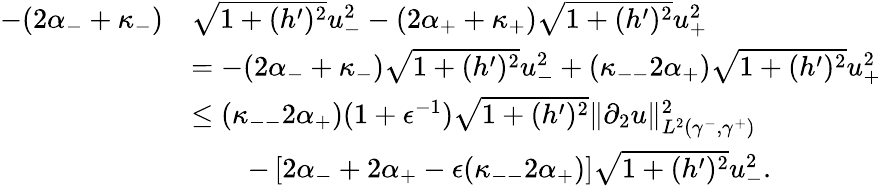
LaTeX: \begin{array}{rl}{-(2\alpha_{-}+\kappa_{-})}&{\sqrt{1+(h^{\prime})^{2}}u_{-}^{2}-(2\alpha_{+}+\kappa_{+})\sqrt{1+(h^{\prime})^{2}}u_{+}^{2}}\\ &{=-(2\alpha_{-}+\kappa_{-})\sqrt{1+(h^{\prime})^{2}}u_{-}^{2}+(\kappa_{--}2\alpha_{+})\sqrt{1+(h^{\prime})^{2}}u_{+}^{2}}\\ &{\leq(\kappa_{--}2\alpha_{+})(1+\epsilon^{-1})\sqrt{1+(h^{\prime})^{2}}\| \partial_{2}u\| _{L^{2}(\gamma^{-},\gamma^{+})}^{2}}\\ &{\qquad-\left[2\alpha_{-}+2\alpha_{+}-\epsilon(\kappa_{--}2\alpha_{+})\right]\sqrt{1+(h^{\prime})^{2}}u_{-}^{2}.}\end{array}